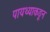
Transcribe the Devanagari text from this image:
पायथ्याकडून